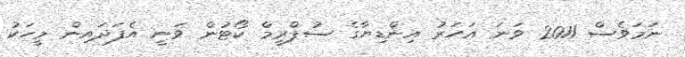
ނަމަވެސް 2011 ވަނަ އަހަރު އިންޑިޔާގެ ސުޕްރީމް ކޯޓުން ވަނީ އެފަދައިން މީހަކު